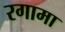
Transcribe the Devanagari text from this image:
रगामा